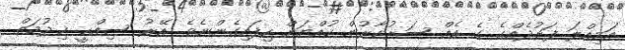
އަމިއްލަ ފަރުދެއްގެ ގެ އެއް ސަރުކާރުން ކުއްޔަށް ހިފައިގެންނެވެ. އޭރު ސިއްޙީ ޚިދުމަތް